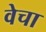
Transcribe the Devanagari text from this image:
वेचा